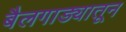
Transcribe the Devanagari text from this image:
बैलगाड्यातून